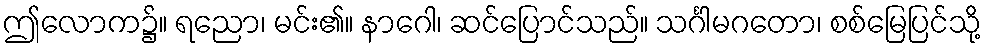
ဤလောက၌။ ရညော၊ မင်း၏။ နာဂေါ၊ ဆင်ပြောင်သည်။ သင်္ဂါမဂတော၊ စစ်မြေပြင်သို့